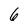
Character: 6